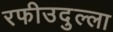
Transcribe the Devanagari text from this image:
रफीउदुल्ला